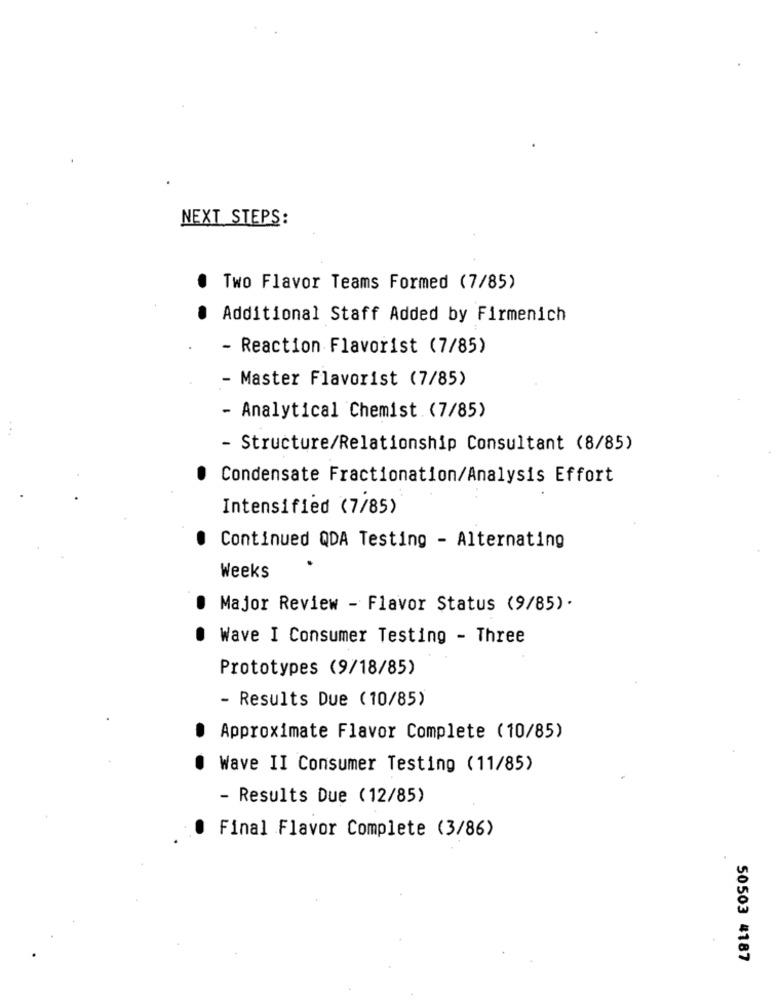
NEXT STEPS:
Two Flavor Teams Formed (7/85)
Additional Staff Added by Firmenich
- Reaction Flavorist (7/85)
- Master Flavorist (7/85)
- Analytical Chemist . (7/85)
- Structure/Relationship Consultant (8/85)
Condensate Fractionation/Analysis Effort
Intensified (7/85)
Continued QDA Testing - Alternating
Weeks
Major Review - Flavor Status (9/85).
Wave I Consumer Testing - Three
Prototypes (9/18/85)
- Results Due (10/85)
Approximate Flavor Complete (10/85)
Wave II Consumer Testing (11/85)
- Results Due (12/85)
Final Flavor Complete (3/86)
50503 #187